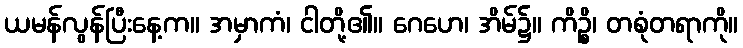
ယမန်လွန်ပြီးနေ့က။ အမှာကံ၊ ငါတို့၏။ ဂေဟေ၊ အိမ်၌။ ကိဉ္စိ၊ တစုံတရာကို။